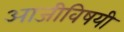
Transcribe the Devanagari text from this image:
आजीविषयी